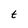
Character: t